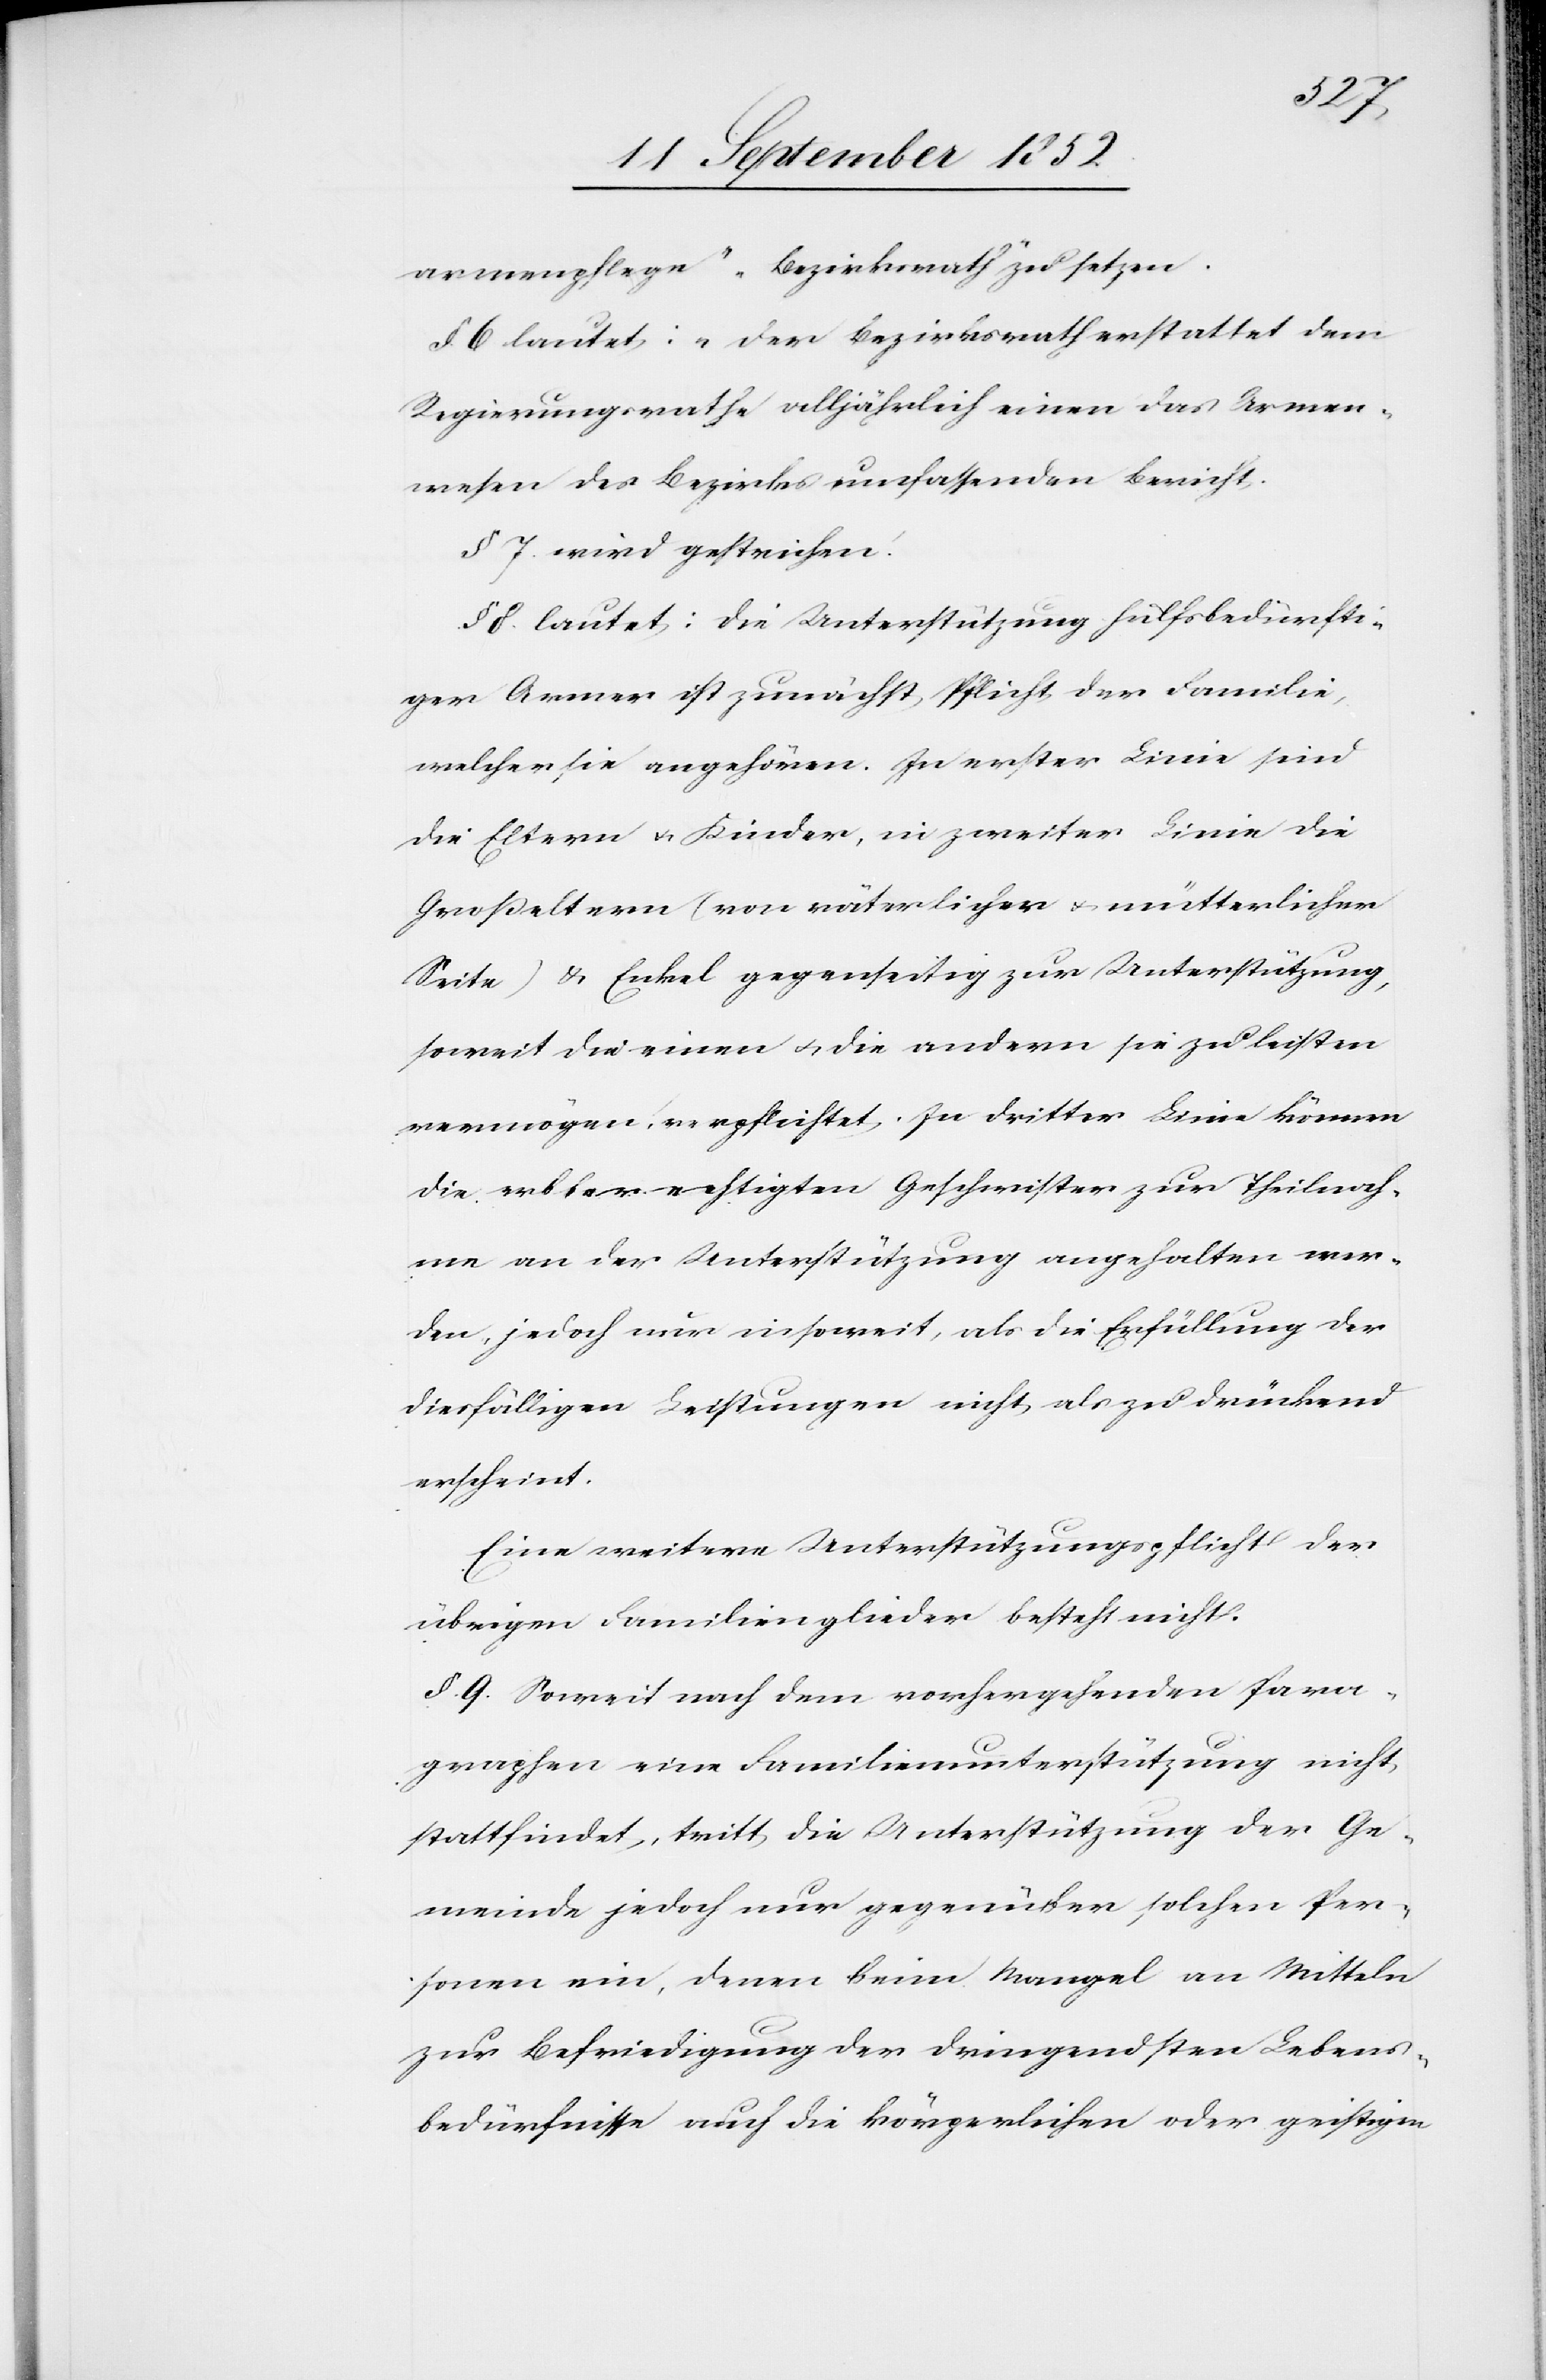
t.[“]
armenpflege“ „Bezirksrath“ zu setzen.
§ 6 lautet: „Der Bezirksrath erstattet dem
Regierungsrathe alljährlich einen das Armen¬
wesen des Bezirks umfassenden Berich¬
§ 7. wird gestrichen.
§ 8. lautet: Die Unterstützung hülfsbedürfti¬
ger Armer ist zunächst Pflicht der Familie,
welcher sie angehören. In erster Linie sind
die Eltern & Kinder, in zweiter Linie die
Großeltern (von väterlicher & mütterlicher
Seite) & Enkel gegenseitig zur Unterstützung,
soweit die einen & die andern sie zu leisten
vermögen, verpflichtet. In dritter Linie können
die erbberechtigten Geschwister zur Theilnah¬
me an der Unterstützung angehalten wer¬
den, jedoch nur insoweit, als die Erfüllung der
diesfälligen Leistungen nicht als zu drückend
erscheint.
Eine weitere Unterstützungspflicht der
übrigen Familienglieder besteht nicht.
§. 9. Soweit nach dem vorhergehenden Para¬
graphen eine Familienunterstützung nicht
stattfindet, tritt die Unterstützung der Ge¬
meinde jedoch nur gegenüber solchen Per¬
sonen ein, denen beim Mangel an Mitteln
zur Befriedigung der dringendsten Lebens¬
bedürfnisse auch die körperlichen oder geistigen